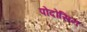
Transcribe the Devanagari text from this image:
पोदोसिन